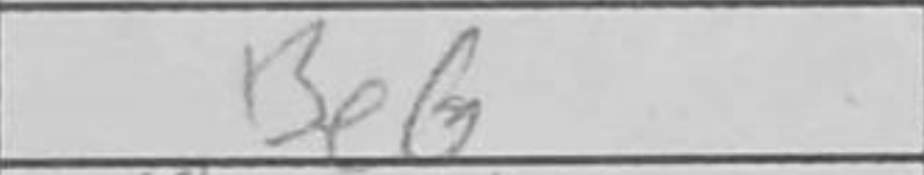
Transcription: Be6